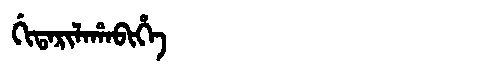
Manchu: ᡤᡳᡨᠠᡵᡳᠯᠠᡥᠠᠪᡳᡥᡝ
Romanization: GITARILAHABIHE